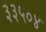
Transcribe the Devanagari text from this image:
३३५०४